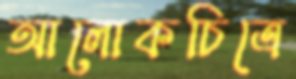
আলোকচিত্রে